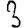
Digit: 3